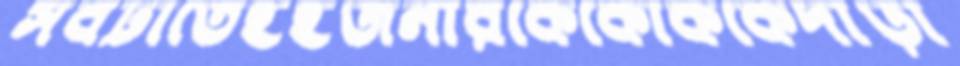
সবটাতেইইজনারকেকোককেদাঁড়া